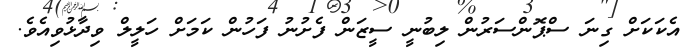
އެކަކަށް ގިނަ ސްޕޮންސަރުން ލިބުނީ ސީޒަން ފެށުނު ފަހުން ކަމަށް ހަލީލް ވިދާޅުވިއެވެ.